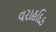
વરાહદિક